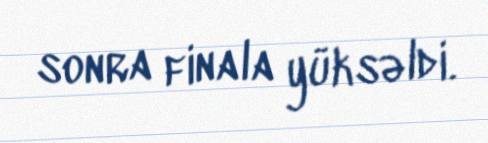
sonra finala yüksəldi.